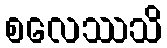
စလေဿသိ